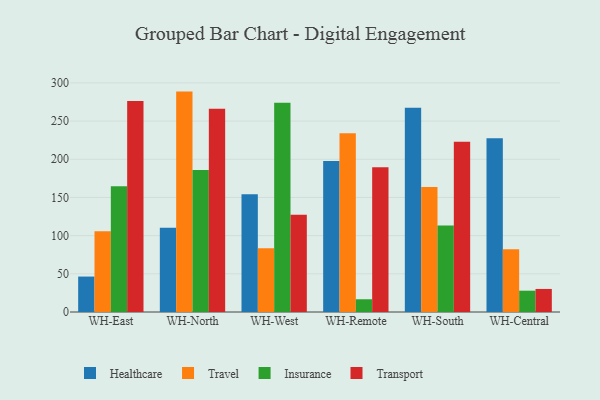
{"axis": {"x": "Warehouse", "y": "Active Users"}, "legend": ["Healthcare", "Insurance", "Transport", "Travel"], "data": [{"x": "WH-East", "y": 46.4, "type": "Healthcare"}, {"x": "WH-East", "y": 105.9, "type": "Travel"}, {"x": "WH-East", "y": 164.8, "type": "Insurance"}, {"x": "WH-East", "y": 276.3, "type": "Transport"}, {"x": "WH-North", "y": 110.4, "type": "Healthcare"}, {"x": "WH-North", "y": 288.6, "type": "Travel"}, {"x": "WH-North", "y": 186.1, "type": "Insurance"}, {"x": "WH-North", "y": 266.3, "type": "Transport"}, {"x": "WH-West", "y": 154.1, "type": "Healthcare"}, {"x": "WH-West", "y": 83.5, "type": "Travel"}, {"x": "WH-West", "y": 274.1, "type": "Insurance"}, {"x": "WH-West", "y": 127.4, "type": "Transport"}, {"x": "WH-Remote", "y": 197.6, "type": "Healthcare"}, {"x": "WH-Remote", "y": 233.9, "type": "Travel"}, {"x": "WH-Remote", "y": 16.7, "type": "Insurance"}, {"x": "WH-Remote", "y": 189.5, "type": "Transport"}, {"x": "WH-South", "y": 267.5, "type": "Healthcare"}, {"x": "WH-South", "y": 163.8, "type": "Travel"}, {"x": "WH-South", "y": 113.3, "type": "Insurance"}, {"x": "WH-South", "y": 223.0, "type": "Transport"}, {"x": "WH-Central", "y": 227.5, "type": "Healthcare"}, {"x": "WH-Central", "y": 82.2, "type": "Travel"}, {"x": "WH-Central", "y": 27.9, "type": "Insurance"}, {"x": "WH-Central", "y": 30.2, "type": "Transport"}]}